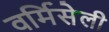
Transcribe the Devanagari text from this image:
वर्मिसेली